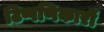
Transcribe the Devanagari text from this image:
टिप्पणिकारों